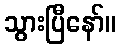
သွားပြီနော်။